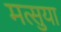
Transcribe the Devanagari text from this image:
मत्सुया